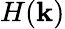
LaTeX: H(\textbf{k})